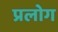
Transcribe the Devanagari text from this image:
प्रलोग